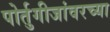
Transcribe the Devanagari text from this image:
पोर्तुगीजांवरच्या